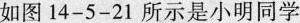
如图14-5-21所示是小明同学